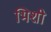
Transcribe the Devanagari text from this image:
भिशी